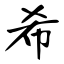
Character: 希